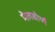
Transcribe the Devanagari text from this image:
मेलबोर्ण